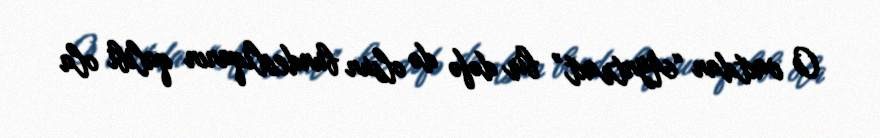
O vaxtdan “Ayntraxt” bir dəfə də olsun bundesliqanın qalibi ola